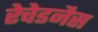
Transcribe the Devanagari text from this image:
रेचेडनैस